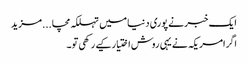
ایک خبر نے پوری دنیا میں تہلکہ مچا...مزید
اگرامریکہ نے یہی روش اختیار کیے رکھی تو۔